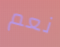
نعم